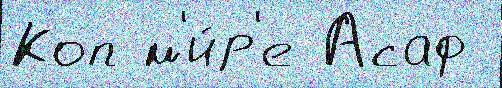
Коп м'и́р'е Асаф